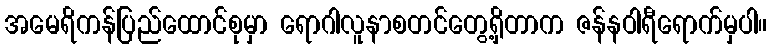
အမေရိကန်ပြည်ထောင်စုမှာ ရောဂါလူနာစတင်တွေ့ရှိတာက ဇန်နဝါရီရောက်မှပါ။